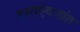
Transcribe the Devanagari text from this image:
दस्तऐवजांत